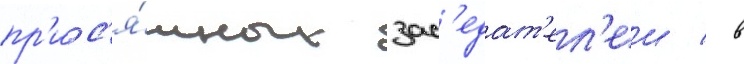
пр'ис'я́жных зас'едат'ел'еи / в